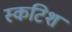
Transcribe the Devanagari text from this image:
स्कटिश